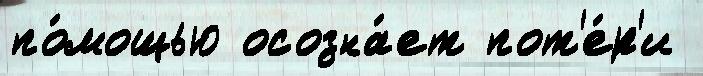
по́мощью осозна́ет пот'е́р'и